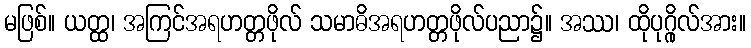
မဖြစ်။ ယတ္ထ၊ အကြင်အရဟတ္တဖိုလ် သမာဓိအရဟတ္တဖိုလ်ပညာ၌။ အဿ၊ ထိုပုဂ္ဂိုလ်အား။